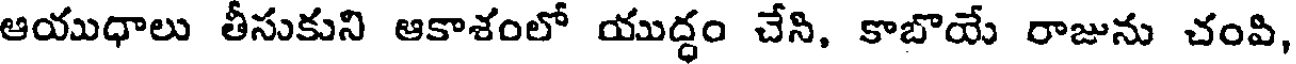
ఆయుధాలు తీసుకుని ఆకాశంలో యుద్ధం చేని, కాబొయే రాజును చంవి,